Plague in India, 1896, 1897 - Volume 3
Year: 1896
Disease focus: Plague
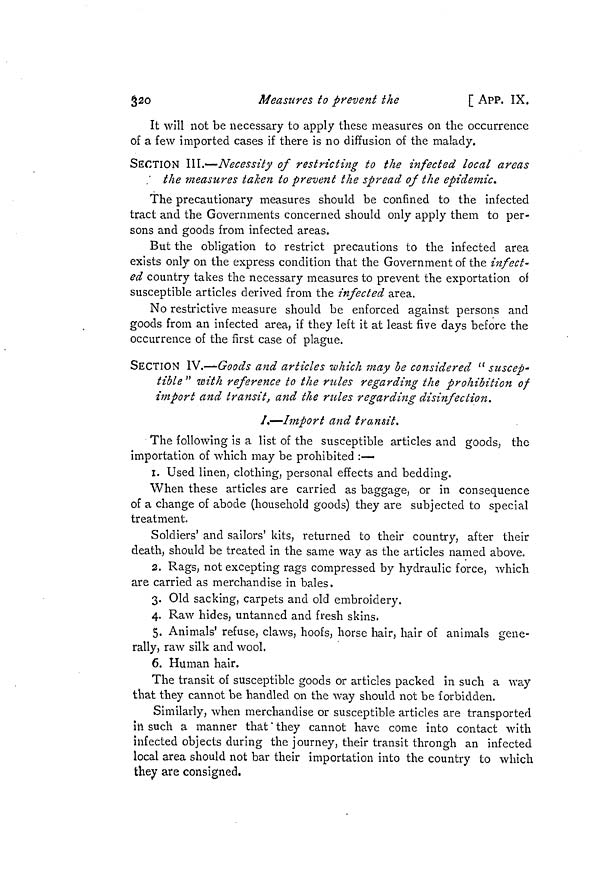
32O
Measures to prevent the
[ APP. IX.
It will not be necessary to apply these measures on the occurrence
of a few imported cases if there is no diffusion of the malady.
SECTION III.—Necessity of restricting to the infected local areas
' the measures taken to prévent the spread of the epidemic
The precautionary measures should be confined to the infected
tract and the Governments concerned should only apply them to per-
sons and goods from infected areas.
But the obligation to restrict precautions to the infected area
exists only on the express condition that the Government of the infect-
ed country takes the necessary measures to prevent the exportation of
susceptible articles derived from the infected area.
No restrictive measure should be enforced against persons and
goods from an infected area, if they left it at least five days before the
occurrence of the first case of plague.
SECTION IV.—~-Goods and articles which may be considered ' suscept
ibie " with reference to the rules regarding the prohibition of
import and transit, and the rules regarding disinfection.
/.—Import and transit.
The following is a list of the susceptible articles and goods, the
importation of which may be prohibited :—
1. Used linen, clothing, personal effects and bedding.
When these articles are carried as baggage, or in consequence
of a change of abode (household goods) they are subjected to special
treatment.
Soldiers' and sailors' kits, returned to their country, after their
death, should be treated in the same way as the articles named above.
2. Rags, not excepting rags compressed by hydraulic force, which
are carried as merchandise in bales.
3. Old sacking, carpets and old embroidery.
4. Raw hides, untanned and fresh skins.
5. Animals' refuse, claws, hoofs, horse hair, hair of animals gene-
rally, raw silk and wool.
6. Human hair.
The transit of susceptible goods or articles packed in such a way
that they cannot be handled on the way should not be forbidden.
Similarly, when merchandise or susceptible articles are transported
in such a manner that " they cannot have come into contact with
infected objects during the journey, their transit throngh an infected
local area should not bar their importation into the country to which
they are consigned.